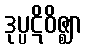
ဒုပ္ပဋိဝိဇ္ဈာ